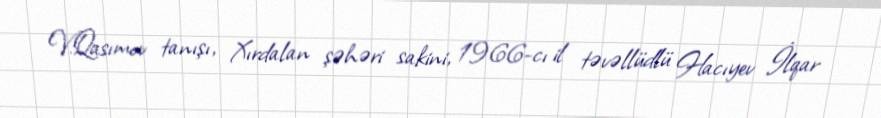
V.Qasımov tanışı, Xırdalan şəhəri sakini, 1966-cı il təvəllüdlü Hacıyev İlqar